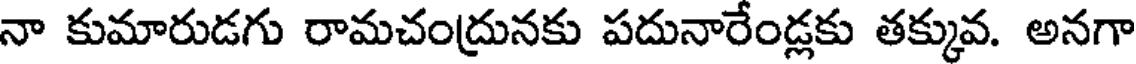
నా కుమారుడగు రామచంద్రునకు పదునారేండ్లకు తక్కువ. అనగా